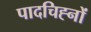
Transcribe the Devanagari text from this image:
पादचिह्नों